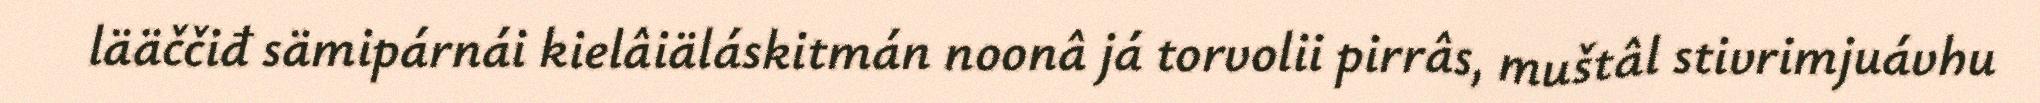
lääččiđ sämipárnái kielâiäláskitmán noonâ já torvolii pirrâs, muštâl stivrimjuávhu